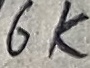
Text: 6K